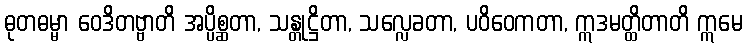
ဓုတဓမ္မာ ဝေဒိတဗ္ဗာတိ အပ္ပိစ္ဆတာ, သန္တုဋ္ဌိတာ, သလ္လေခတာ, ပဝိဝေကတာ, ဣဒမတ္ထိတာတိ ဣမေ